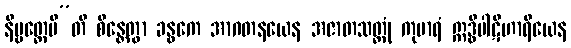
နိဗ္ဗတ္တေမီ”တိ စိန္တေတွာ ခန္ဓကေ အာဂတနယေန အဇာတသတ္တုံ ကုမာရံ ဣဒ္ဓိပါဋိဟာရိယေန